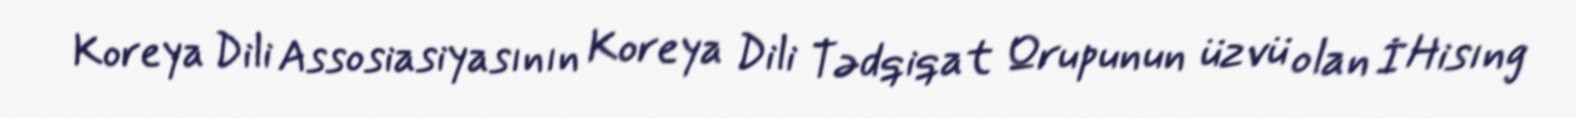
Koreya Dili Assosiasiyasının Koreya Dili Tədqiqat Qrupunun üzvü olan İ Hisıng